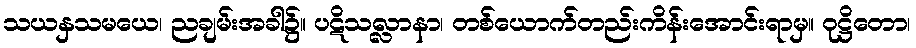
သယနှသမယေ၊ ညချမ်းအခါ၌။ ပဋိသလ္လာနာ၊ တစ်ယောက်တည်းကိန်းအောင်းရာမှ။ ဝုဋ္ဌိတော၊